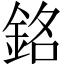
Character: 銘